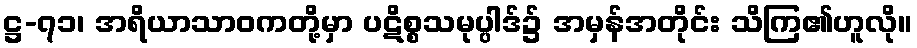
ဋ္ဌ-၇၁၊ အရိယာသာဝကတို့မှာ ပဋိစ္စသမုပ္ပါဒ်၌ အမှန်အတိုင်း သိကြ၏ဟူလို။